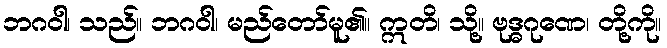
ဘဂဝါ၊ သည်။ ဘဂဝါ၊ မည်တော်မူ၏။ ဣတိ၊ သို့။ ဗုဒ္ဓဂုဏေ၊ တို့ကို။